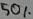
Text: 50%